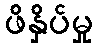
ဖိနှိပ်မှု